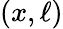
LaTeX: (x,\ell)